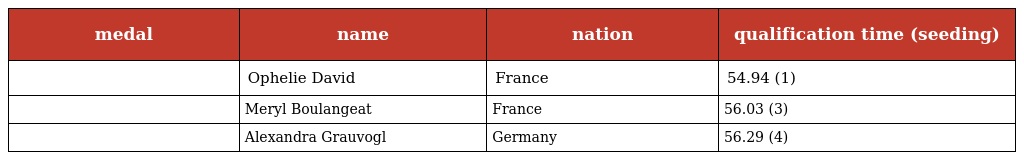
| medal | name | nation | qualification time (seeding) |
 | --- | --- | --- | --- |
 |  | Ophelie David | France | 54.94 (1) |
 |  | Meryl Boulangeat | France | 56.03 (3) |
 |  | Alexandra Grauvogl | Germany | 56.29 (4) |